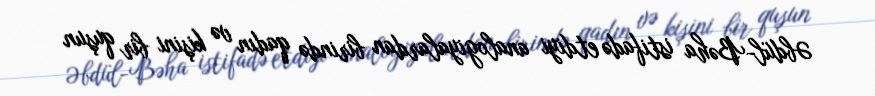
Əbdül-Bəha istifadə etdiyi analogiyalardan birində qadın və kişini bir quşun